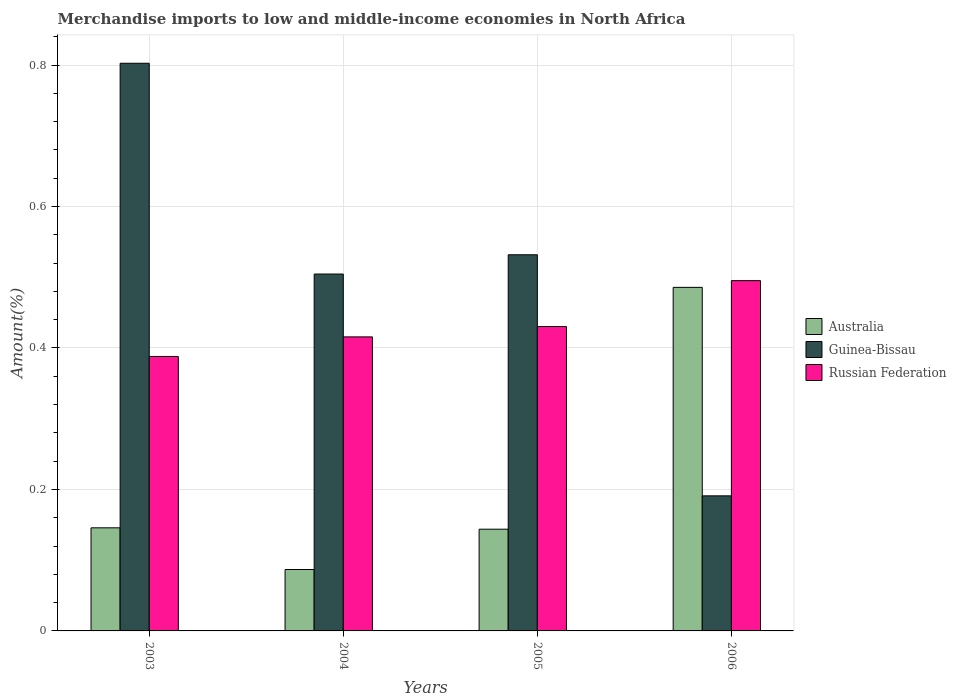
| Years | Australia | Guinea-Bissau | Russian Federation |
 | --- | --- | --- | --- |
 | 2003 | 0.146 | 0.802 | 0.388 |
 | 2004 | 0.0868 | 0.505 | 0.416 |
 | 2005 | 0.144 | 0.532 | 0.43 |
 | 2006 | 0.486 | 0.191 | 0.495 |